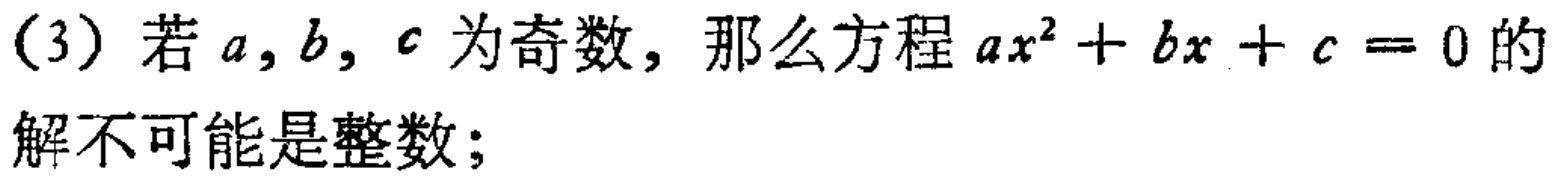
（3）若\(a,b,c\)为奇数，那么方程\(ax^{2}+bx + c = 0\)的解不可能是整数；